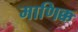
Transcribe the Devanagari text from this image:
माणिक्क